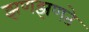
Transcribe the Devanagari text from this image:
झणझणते